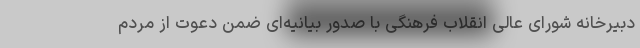
دبیرخانه شورای عالی انقلاب فرهنگی با صدور بیانیه‌ای ضمن دعوت از مردم